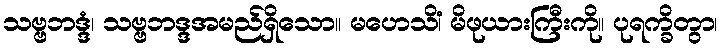
သဗ္ဗဘဒ္ဒံ၊ သဗ္ဗဘဒ္ဒအမည်ရှိသော။ မဟေသိံ၊ မိဖုယားကြီးကို။ ပုရက္ခိတွာ၊